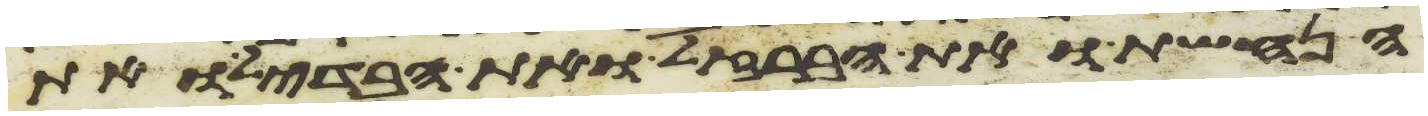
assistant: הנחשת ואת הברזל ואת הבדיל ואת